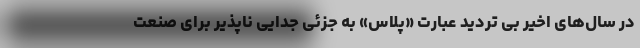
در سال‌های اخیر بی‌ تردید عبارت «پلاس» به جزئی جدایی ناپذیر برای صنعت